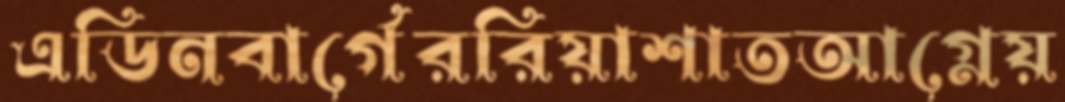
এডিনবার্গেররিয়াশাতআগ্নেয়